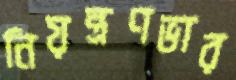
নিয়ন্ত্রণভার